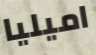
اميليا